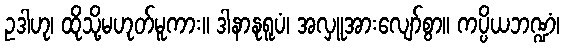
ဥဒါဟု၊ ထိုသို့မဟုတ်မူကား။ ဒါနာနုရူပံ၊ အလှူအားလျော်စွာ။ ကပ္ပိယဘဏ္ဍံ၊